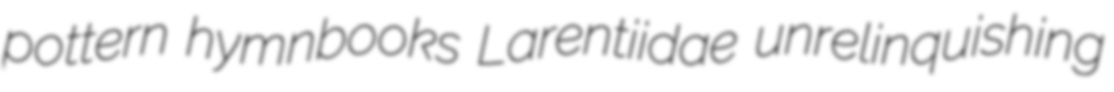
pottern hymnbooks Larentiidae unrelinquishing